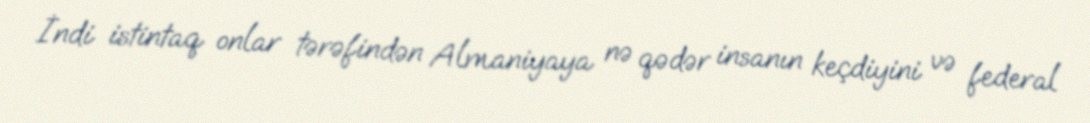
İndi istintaq onlar tərəfindən Almaniyaya nə qədər insanın keçdiyini və federal